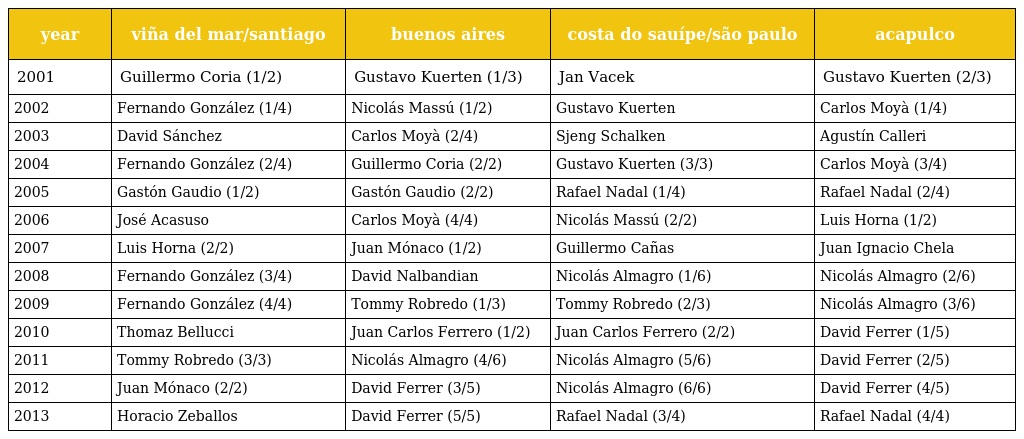
| year | viña del mar/santiago | buenos aires | costa do sauípe/são paulo | acapulco |
 | --- | --- | --- | --- | --- |
 | 2001 | Guillermo Coria (1/2) | Gustavo Kuerten (1/3) | Jan Vacek | Gustavo Kuerten (2/3) |
 | 2002 | Fernando González (1/4) | Nicolás Massú (1/2) | Gustavo Kuerten | Carlos Moyà (1/4) |
 | 2003 | David Sánchez | Carlos Moyà (2/4) | Sjeng Schalken | Agustín Calleri |
 | 2004 | Fernando González (2/4) | Guillermo Coria (2/2) | Gustavo Kuerten (3/3) | Carlos Moyà (3/4) |
 | 2005 | Gastón Gaudio (1/2) | Gastón Gaudio (2/2) | Rafael Nadal (1/4) | Rafael Nadal (2/4) |
 | 2006 | José Acasuso | Carlos Moyà (4/4) | Nicolás Massú (2/2) | Luis Horna (1/2) |
 | 2007 | Luis Horna (2/2) | Juan Mónaco (1/2) | Guillermo Cañas | Juan Ignacio Chela |
 | 2008 | Fernando González (3/4) | David Nalbandian | Nicolás Almagro (1/6) | Nicolás Almagro (2/6) |
 | 2009 | Fernando González (4/4) | Tommy Robredo (1/3) | Tommy Robredo (2/3) | Nicolás Almagro (3/6) |
 | 2010 | Thomaz Bellucci | Juan Carlos Ferrero (1/2) | Juan Carlos Ferrero (2/2) | David Ferrer (1/5) |
 | 2011 | Tommy Robredo (3/3) | Nicolás Almagro (4/6) | Nicolás Almagro (5/6) | David Ferrer (2/5) |
 | 2012 | Juan Mónaco (2/2) | David Ferrer (3/5) | Nicolás Almagro (6/6) | David Ferrer (4/5) |
 | 2013 | Horacio Zeballos | David Ferrer (5/5) | Rafael Nadal (3/4) | Rafael Nadal (4/4) |